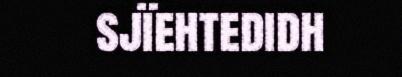
sjïehtedidh